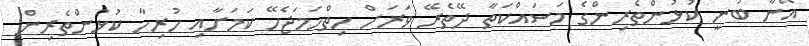
އޭނާ ބުނީ ކުޅުންތެރިންގެ މަސައްކަތާ ދޭތެރޭ ވަރަށް ހިތްހަމަޖެހޭ ކަމަށާއި ހުރިހާ ކުޅުންތެރިން